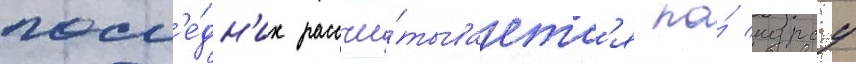
посл'е́дн'их рассчи́тываетс'я по́ курсу